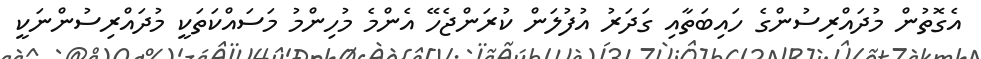
އެގޮތުން މުދައްރިސުންގެ ހައިބަތާއި ގަދަރު އުފުލަން ކުރަންޖެހޭ އެންމެ މުހިންމު މަސައްކަތަކީ މުދައްރިސުންނަކީ